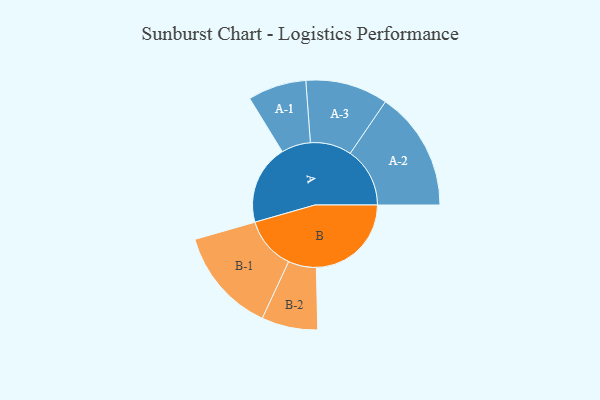
{"axis": {"x": "Segment", "y": "Value"}, "legend": ["", "A", "B"], "data": [{"x": "A", "y": 338, "type": ""}, {"x": "B", "y": 403, "type": ""}, {"x": "A-1", "y": 124, "type": "A"}, {"x": "A-2", "y": 253, "type": "A"}, {"x": "A-3", "y": 175, "type": "A"}, {"x": "B-1", "y": 223, "type": "B"}, {"x": "B-2", "y": 119, "type": "B"}]}